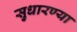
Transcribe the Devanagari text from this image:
सुधारण्या